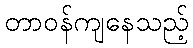
တာဝန်ကျနေသည့်